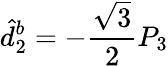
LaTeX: \hat{d}_{2}^{b}=-\frac{\sqrt{3}}{2}P_{3}